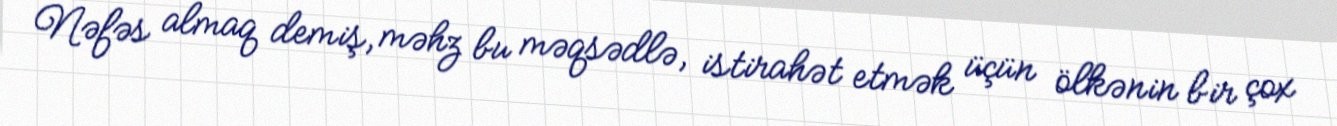
Nəfəs almaq demiş, məhz bu məqsədlə, istirahət etmək üçün ölkənin bir çox